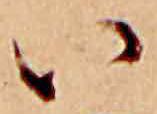
い